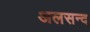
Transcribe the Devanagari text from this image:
अलसन्द